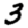
Digit: 3